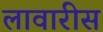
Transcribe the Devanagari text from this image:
लावारीस